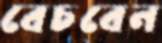
বেচবেন